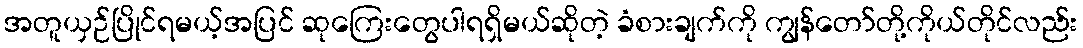
အတူယှဉ်ပြိုင်ရမယ့်အပြင် ဆုကြေးတွေပါရရှိမယ်ဆိုတဲ့ ခံစားချက်ကို ကျွန်တော်တို့ကိုယ်တိုင်လည်း